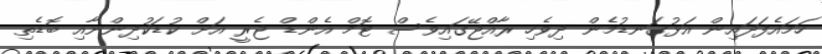
ހަމައެފަދައިން އަޅުގަނޑުމެން ދިވެހި ރާއްޖޭގައިވެސް ޓޮމް އެންޑް ޖެރީ އަށް ކުޑަކުދިންނާއި ބޮޑެތި